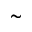
\tilde { ~ ~ }